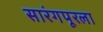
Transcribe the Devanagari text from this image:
सारंगपूरला